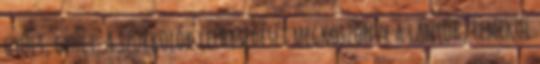
gyűlt, gyűlt. A szurkolók lelkesedését megköszönve a lányok, remekül